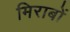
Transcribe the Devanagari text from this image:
मिराबों